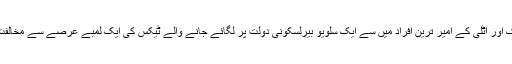
ایک بڑے میڈیا نیٹ ورک اور اٹلی کے امیر ترین افراد میں سے ایک سلویو بیرلسکونی دولت پر لگائے جانے والے ٹیکس کی ایک لمبے عرصے سے مخالفت کرتے چلے آ رہے ہیں۔